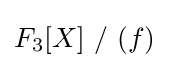
F_{3}[X]\ /\ (f)